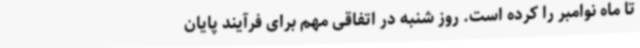
تا ماه نوامبر را کرده است. روز شنبه در اتفاقی مهم برای فرآیند پایان